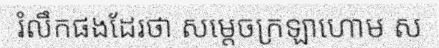
រំលឹកផងដែរថា សម្តេចក្រឡាហោម ស